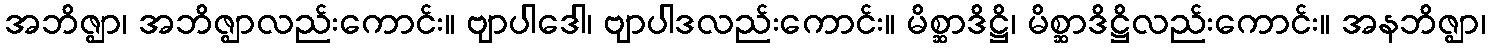
အဘိဇ္ဈာ၊ အဘိဇ္ဈာလည်းကောင်း။ ဗျာပါဒေါ၊ ဗျာပါဒလည်းကောင်း။ မိစ္ဆာဒိဋ္ဌိ၊ မိစ္ဆာဒိဋ္ဌိလည်းကောင်း။ အနဘိဇ္ဈာ၊